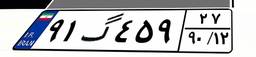
۷۵گ۵۱۷۰۹